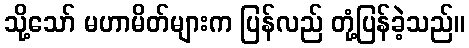
သို့သော် မဟာမိတ်များက ပြန်လည် တုံ့ပြန်ခဲ့သည်။